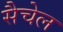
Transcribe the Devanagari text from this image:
सैचेल